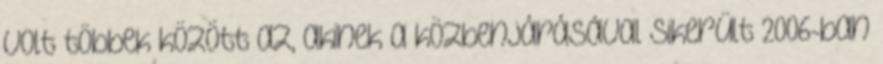
volt többek között az, akinek a közbenjárásával sikerült 2006-ban